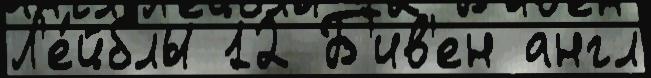
Л'е́йблы 12 Б'ив'ен англ